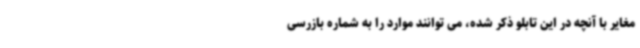
مغایر با آنچه در این تابلو ذکر شده، می توانند موارد را به شماره بازرسی